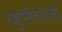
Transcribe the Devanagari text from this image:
राहुभीतोऽसौ